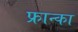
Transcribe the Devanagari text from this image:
फ्रान्का